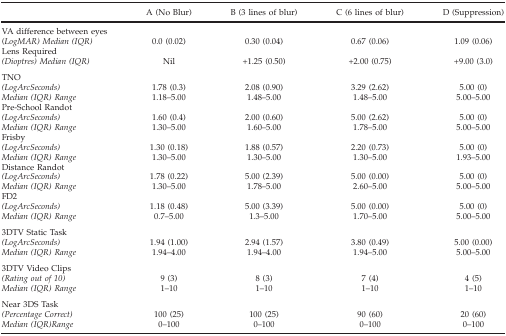
<table><thead><tr><td><b> </b></td><td><b>A (No Blur) </b></td><td><b>B (3 lines of blur)</b></td><td><b>C (6 lines of blur)</b></td><td><b>D (Suppression) </b></td></tr></thead><tbody><tr><td>VA difference between eyes (<i>LogMAR) Median (IQR)</i></td><td>0.0 (0.02)</td><td>0.30 (0.04)</td><td>0.67 (0.06)</td><td>1.09 (0.06)</td></tr><tr><td>Lens Required <i>(Dioptres) Median (IQR)</i></td><td>Nil</td><td>+1.25 (0.50)</td><td>+2.00 (0.75)</td><td>+9.00 (3.0)</td></tr><tr><td>TNO <i>(LogArcSeconds) Median (IQR) Range</i></td><td>1.78 (0.3) 1.18–5.00</td><td>2.08 (0.90) 1.48–5.00</td><td>3.29 (2.62) 1.48–5.00</td><td>5.00 (0) 5.00–5.00</td></tr><tr><td>Pre-School Randot <i>(LogArcSeconds) Median (IQR) Range</i></td><td>1.60 (0.4) 1.30–5.00</td><td>2.00 (0.60) 1.60–5.00</td><td>5.00 (2.62) 1.78–5.00</td><td>5.00 (0) 5.00–5.00</td></tr><tr><td>Frisby <i>(LogArcSeconds) Median (IQR) Range</i></td><td>1.30 (0.18) 1.30–5.00</td><td>1.88 (0.57) 1.30–5.00</td><td>2.20 (0.73) 1.30–5.00</td><td>5.00 (0) 1.93–5.00</td></tr><tr><td>Distance Randot <i>(LogArcSeconds) Median (IQR) Range</i></td><td>1.78 (0.22) 1.30–5.00</td><td>5.00 (2.39) 1.78–5.00</td><td>5.00 (0.00) 2.60–5.00</td><td>5.00 (0) 5.00–5.00</td></tr><tr><td>FD2 <i>(LogArcSeconds) Median (IQR) Range</i></td><td>1.18 (0.48) 0.7–5.00</td><td>5.00 (3.39) 1.3–5.00</td><td>5.00 (0.00) 1.70–5.00</td><td>5.00 (0) 5.00–5.00</td></tr><tr><td>3DTV Static Task <i>(LogArcSeconds) Median (IQR) Range</i></td><td>1.94 (1.00) 1.94–4.00</td><td>2.94 (1.57) 1.94–4.00</td><td>3.80 (0.49) 1.94–5.00</td><td>5.00 (0.00) 5.00–5.00</td></tr><tr><td>3DTV Video Clips <i>(Rating out of 10) Median (IQR) Range</i></td><td>9 (3) 1–10</td><td>8 (3) 1–10</td><td>7 (4) 1–10</td><td>4 (5) 1–10</td></tr><tr><td>Near 3DS Task <i>(Percentage Correct) Median (IQR)Range</i></td><td>100 (25) 0–100</td><td>100 (25) 0–100</td><td>90 (60) 0–100</td><td>20 (60) 0–100</td></tr></tbody></table>